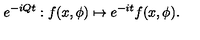
e ^ { - i Q t } : f ( x , \phi ) \mapsto e ^ { - i t } f ( x , \phi ) .